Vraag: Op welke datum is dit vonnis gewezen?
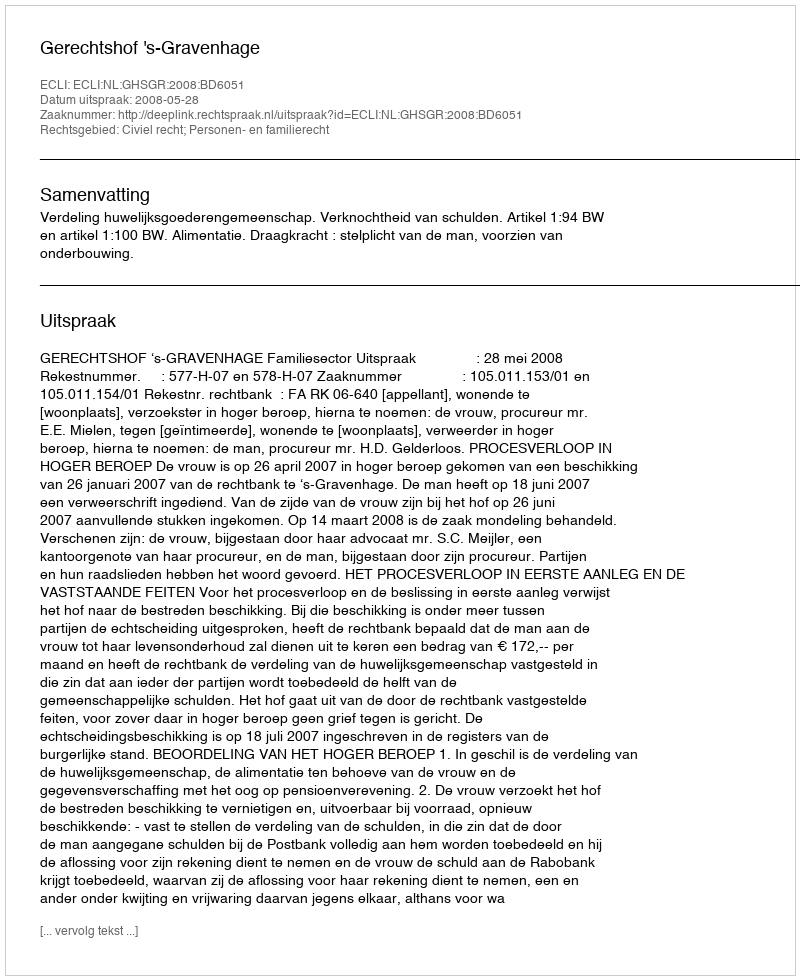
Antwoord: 2008-05-28